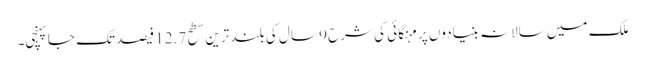
ملک میں سالانہ بنیادوں پر مہنگائی کی شرح 9 سال کی بلند ترین سطح 12.7 فیصد تک جاپہنچی۔